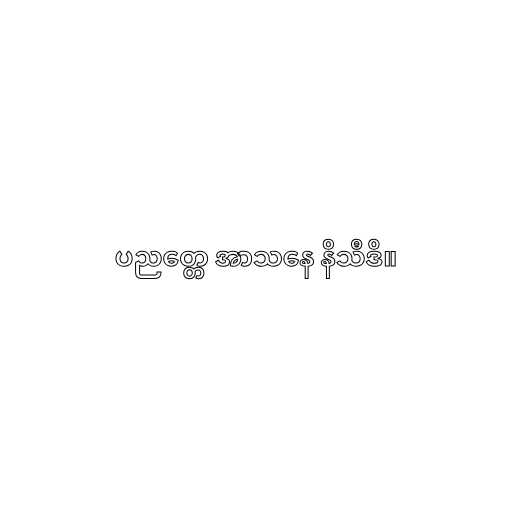
ပညတ္တေ အာသနေ နိသီဒိ။